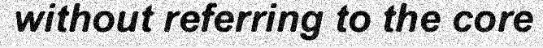
without referring to the core